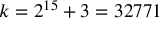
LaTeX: k = 2 ^ { 1 5 } + 3 = 3 2 7 7 1